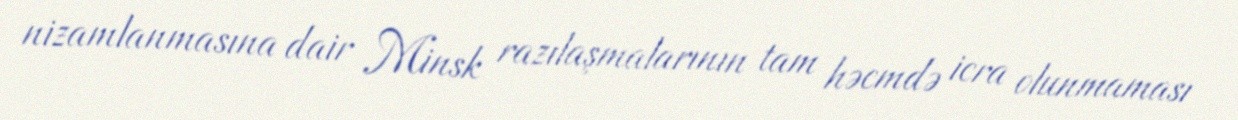
nizamlanmasına dair Minsk razılaşmalarının tam həcmdə icra olunmaması